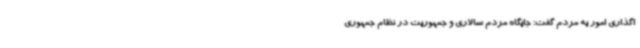
اگذاری امور به مردم گفت: جایگاه مردم سالاری و جمهوریت در نظام جمهوری